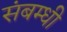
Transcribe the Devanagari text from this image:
संबम्धी